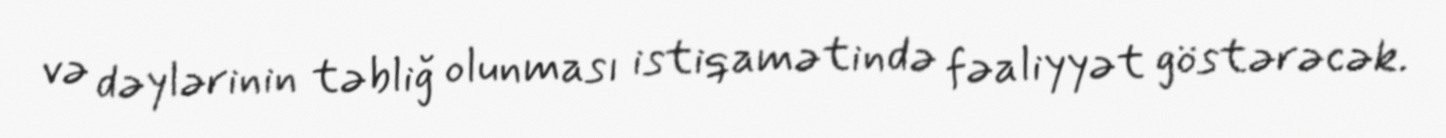
və dəylərinin təbliğ olunması istiqamətində fəaliyyət göstərəcək.